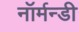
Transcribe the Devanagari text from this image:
नॉर्मन्डी